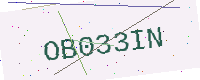
Text: OB033IN